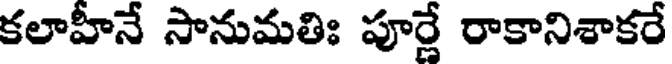
కలాహీనే సానుమతిః పూర్ణే రాకానిశాకరే